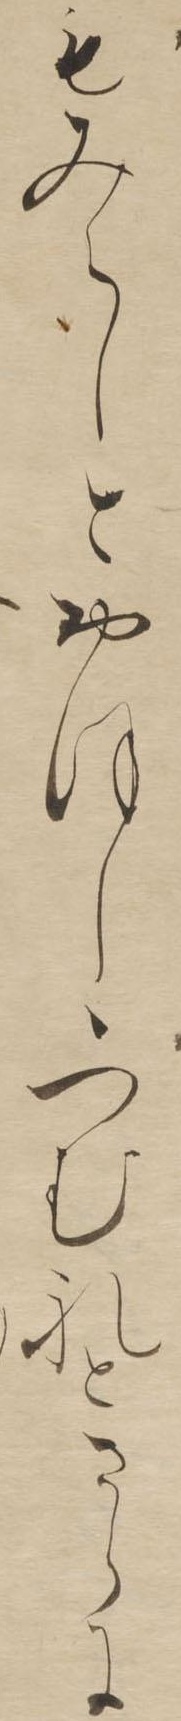
もみえしとおほしゝつむれとさらに